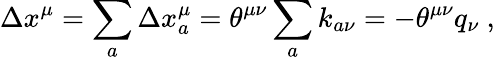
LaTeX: \Delta x^{\mu}=\sum_{a}\Delta x_{a}^{\mu}=\theta^{\mu\nu}\sum_{a}k_{a\nu}=-\theta^{\mu\nu}q_{\nu}\ ,